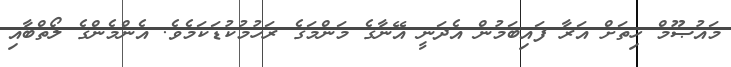
މައުޞޫމް ހިތަށް އަރާ ފައިބަމުން އެދަނީ އޭނާގެ މަންމަގެ ރަހުމުކުޑަކަމެވެ. އެންމެންގެ ލޯތްބާއި